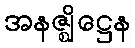
အနဇ္ဈိဋ္ဌေန